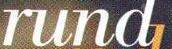
rund